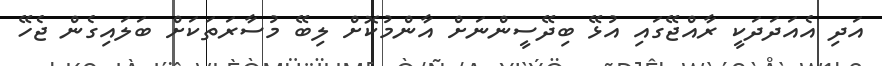
އަދި އެއަދަދަކީ ރާއްޖޭގައި އުޅޭ ބިދޭސީންނަށް އާންމުކޮށް ލިބޭ މުސާރަތަކަށް ބަލައިގެން ޖެހޭ